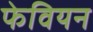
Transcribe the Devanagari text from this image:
फेवियन